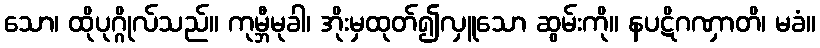
သော၊ ထိုပုဂ္ဂိုလ်သည်။ ကုမ္ဘီမုခါ၊ အိုးမှထုတ်၍လှူသော ဆွမ်းကို။ နပဋိဂဏှာတိ၊ မခံ။